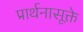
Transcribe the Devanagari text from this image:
प्रार्थनासूक्ते